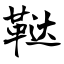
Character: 鞑